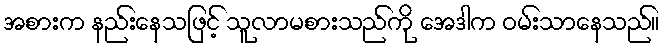
အစားက နည်းနေသဖြင့် သူလာမစားသည်ကို အေဒါက ဝမ်းသာနေသည်။